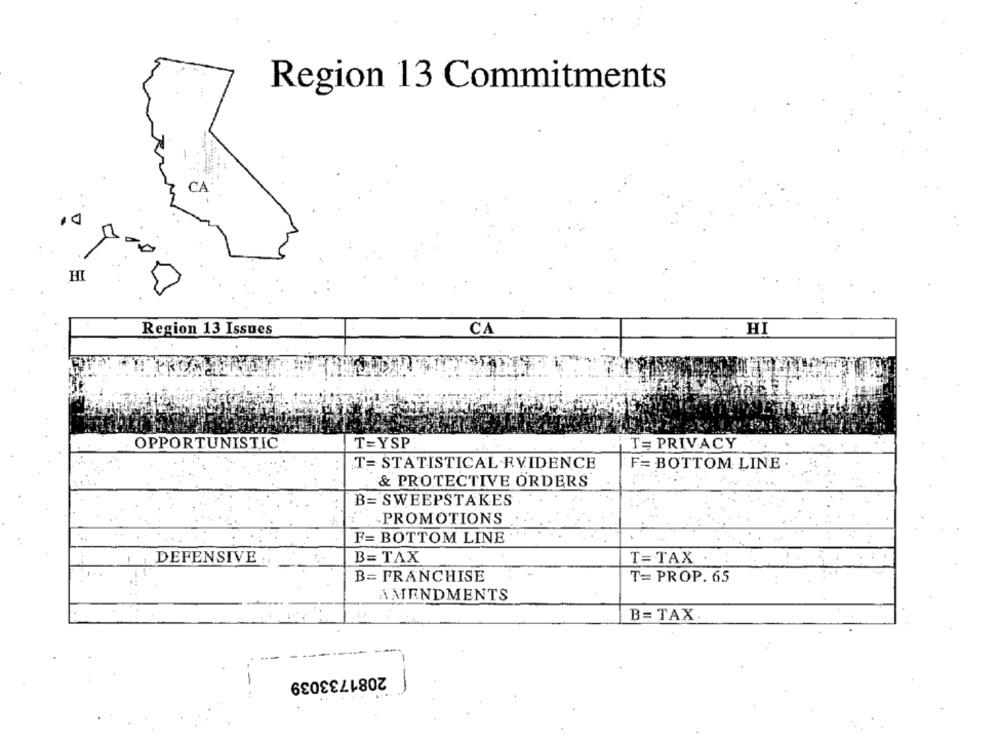
Region 13 Commitments
CA
HI
Region 13 Issues
CA
HI
OPPORTUNISTIC
T=YSP
T= PRIVACY
T= STATISTICAL.EVIDENCE
F= BOTTOM LINE
& PROTECTIVE ORDERS
B= SWEEPSTAKES
PROMOTIONS
F= BOTTOM LINE
1 . DEFENSIVE :
B= TAX
T= TAX .
B= FRANCHISE
T= PROP. 65
AMENDMENTS
B= TAX.
-
2081733039
-